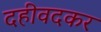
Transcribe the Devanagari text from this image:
दहीवदकर